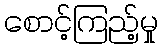
စောင့်ကြည့်မှု